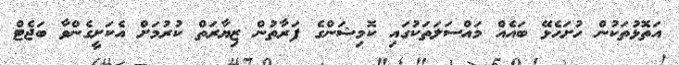
އަތޮޅުތަކުން ހުށަހެޅޭ ބައެއް މައްސަލަތަކުގައި ކޮމިޝަންގެ ފަރާތުން ޒިޔާރަތް ކުރުމަށް އެކަށީގެންވާ ބަޖެޓް